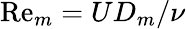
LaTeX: \mathrm{Re}_{m}=UD_{m}/\nu